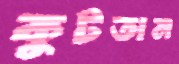
কুটতাম